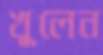
খুলেন